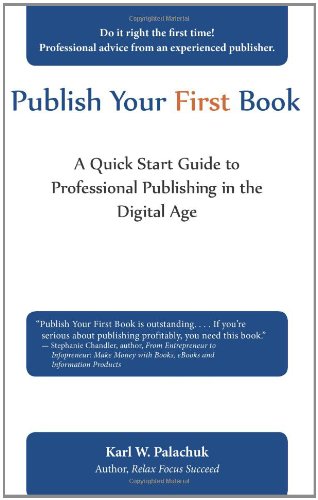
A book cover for Publish Your First Book: A Quick Start Guide to Professional Publishing in the Digital Age; Karl W. Palachuk; Computers & Technology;